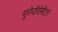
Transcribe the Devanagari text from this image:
यूरोवॉरोमीटर